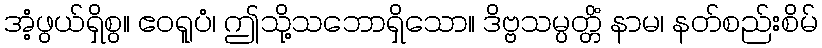
အံ့ဖွယ်ရှိစွ။ ဧဝရူပံ၊ ဤသို့သဘောရှိသော။ ဒိဗ္ဗသမ္ပတ္တိံ နာမ၊ နတ်စည်းစိမ်